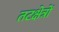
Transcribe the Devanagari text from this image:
तटक्षेत्रों